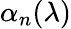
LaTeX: \alpha_{n}(\lambda)